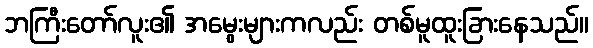
ဘကြီးတော်လူး၏ အမွေးများကလည်း တစ်မူထူးခြားနေသည်။